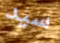
سيد